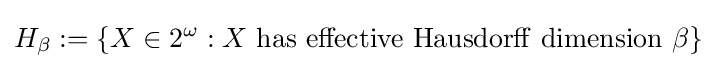
H_{\beta }:=\{X\in 2^{\omega }:X\ \mathrm {has\ effective\ Hausdorff\ dimension\ } \beta \}